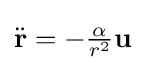
{\ddot {\mathbf {r} }}=-{\tfrac {\alpha }{r^{2}}}\mathbf {u}